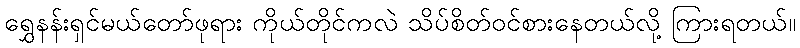
ရွှေနန်းရှင်မယ်တော်ဖုရား ကိုယ်တိုင်ကလဲ သိပ်စိတ်ဝင်စားနေတယ်လို့ ကြားရတယ်။